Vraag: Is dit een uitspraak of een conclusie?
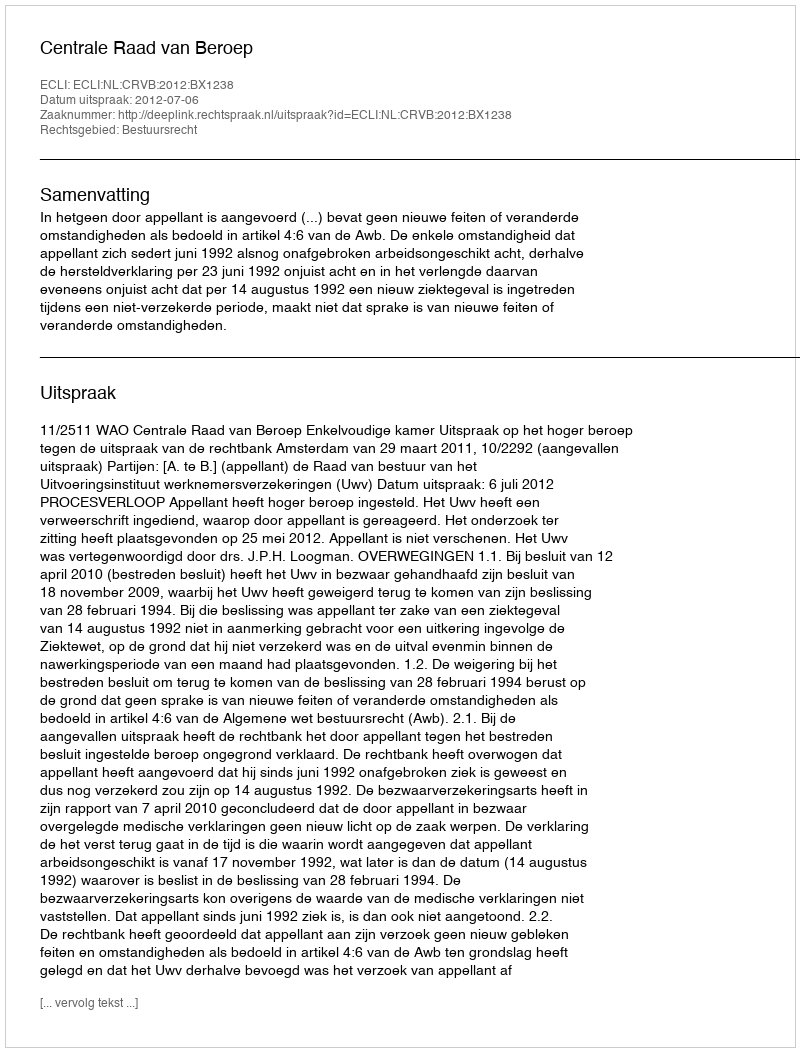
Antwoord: Uitspraak